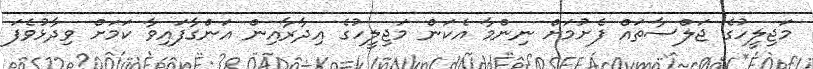
މަޖިލީހުގެ ޖަލްސާތައް ފެށުމަށް ނިންމާ އެކަން މަޖިލީހުގެ އިދާރާއިން އަންގާފައިވާ ކަމަށް ވިދާޅުވެފަ